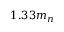
1 . 3 3 m _ { n }